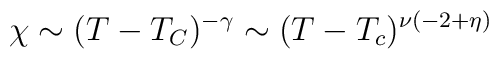
\chi \sim (T-T_C)^{- \gamma} \sim (T-T_c)^{\nu ( -2 + \eta)}